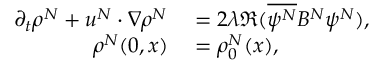
\begin{array} { r l } { \partial _ { t } \rho ^ { N } + u ^ { N } \cdot \nabla \rho ^ { N } } & { { } = 2 \lambda \Re ( \overline { { \psi ^ { N } } } B ^ { N } \psi ^ { N } ) , } \\ { \rho ^ { N } ( 0 , x ) } & { { } = \rho _ { 0 } ^ { N } ( x ) , } \end{array}